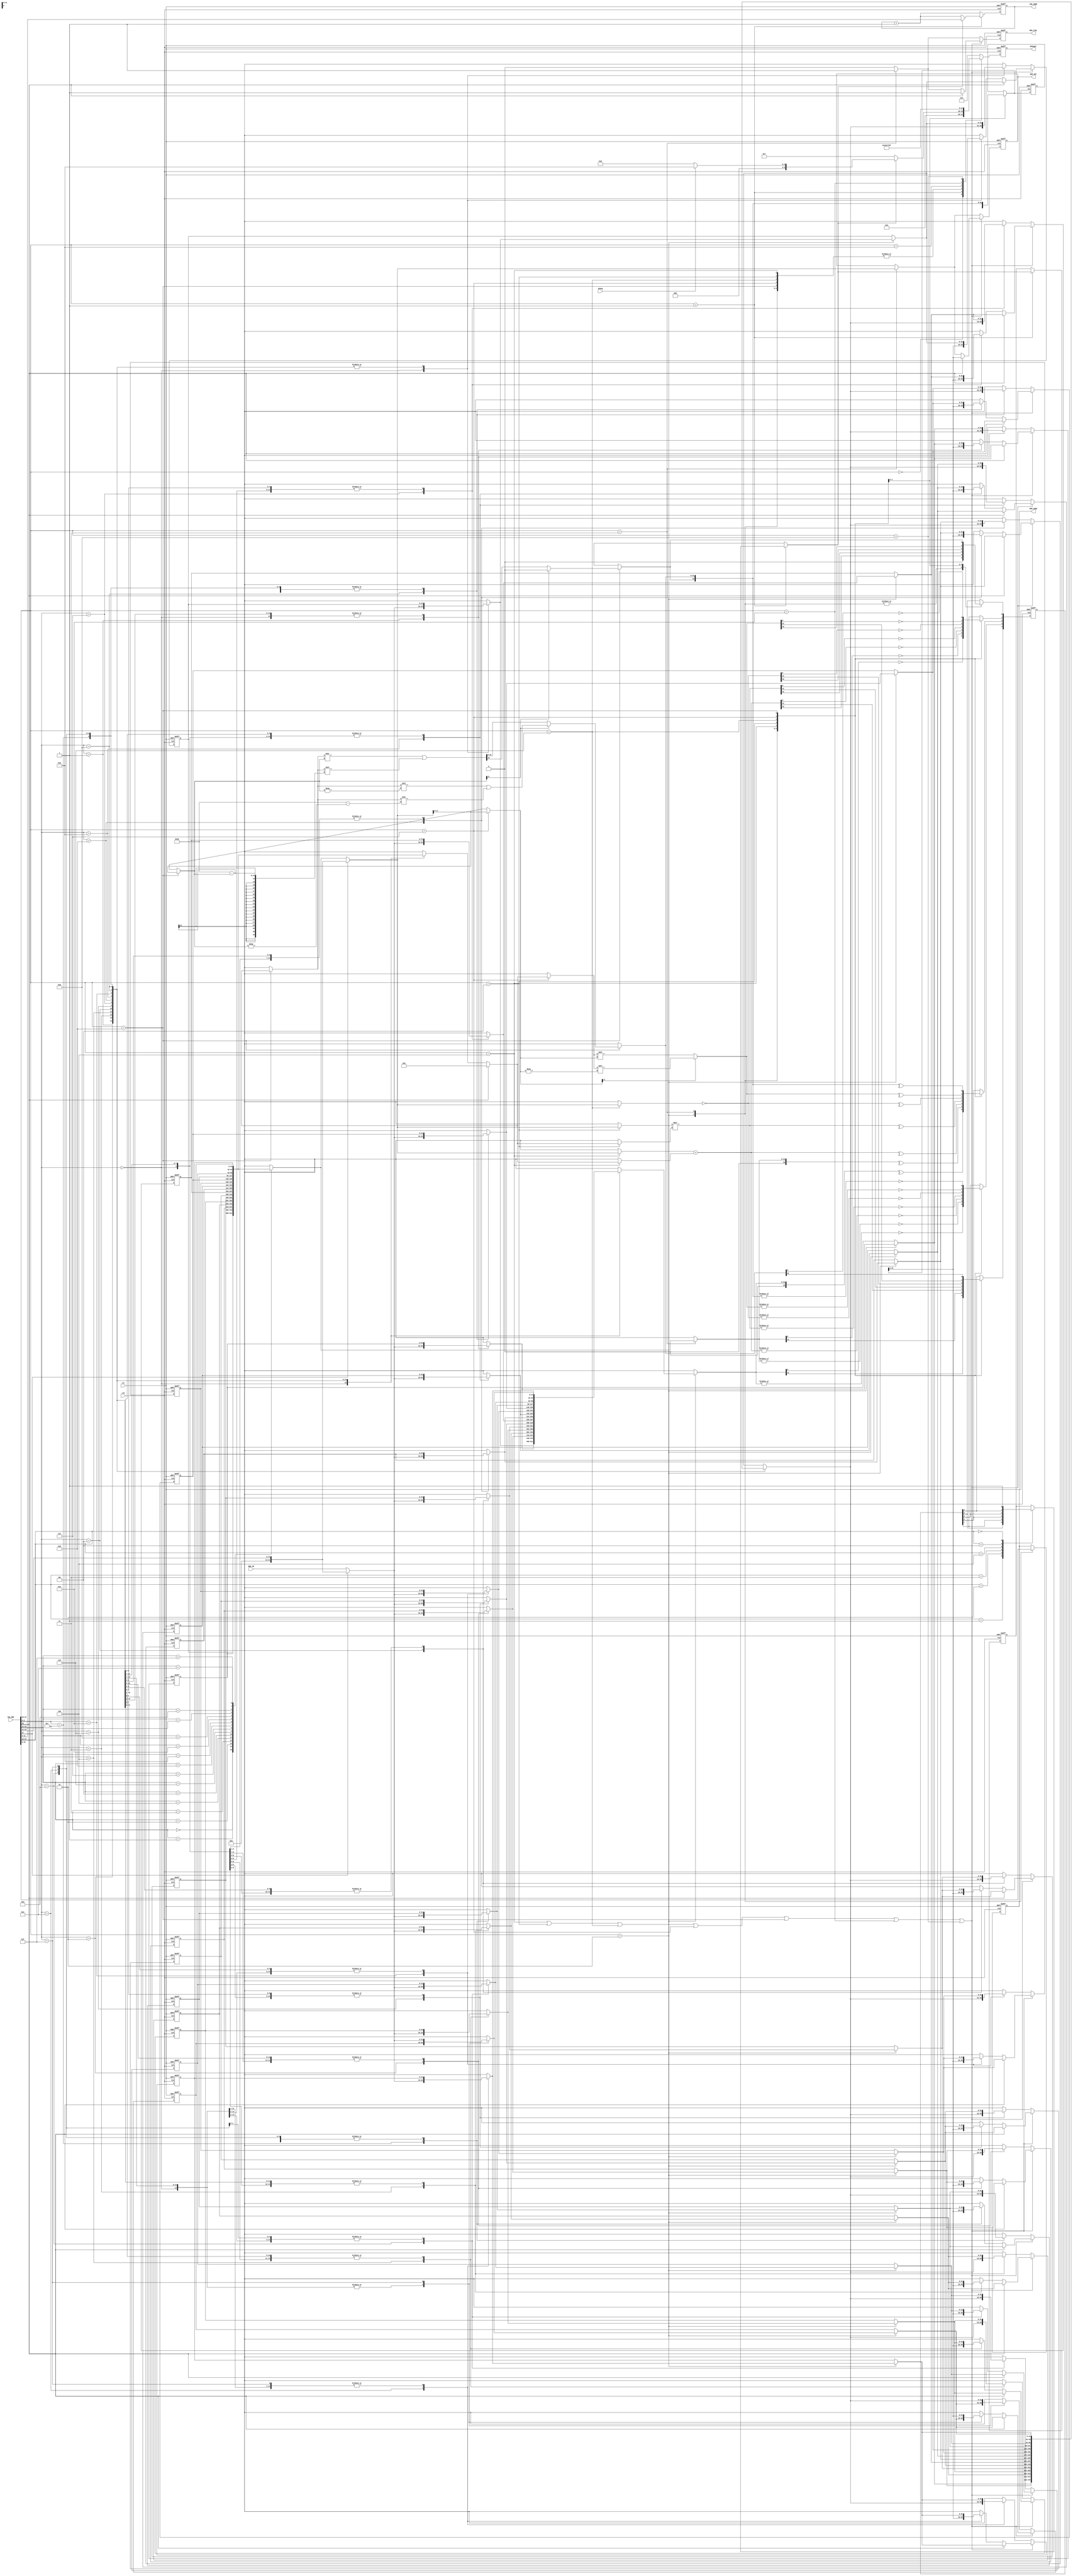
module instruction_set_model(
    //MEMORY
    input clk,
    input rst,
    input debug,
    output [6:0] debuger,/*2^7=128*/
    output [11:0] MEM_ADDR,/*ADDRSIZE-1:0*/
    input [0:31] MEM_IN,/*0:WIDTH-1*/
    output [0:31] MEM_OUT,/*0:WIDTH-1*/
    output MEM_CTRL,//0:read | 1:write
    output [11:0] INS_ADDR,
    input [0:31] INS_MEM//always in read mode

    //-------------------
    //output [32:0] reg_debug_out
    //-------------------
);
//parameter CYCLE = 10;//cycle time
parameter WIDTH = 32;//width of data path
parameter ADDRSIZE = 12;//size of address field
//parameter MEMSIZE = (1<<ADDRSIZE/*4096*/);//size of memory (2^ADDRSIZE)=2^12
parameter MAXREGS = 16;//max # of reg.
parameter SBITS = 5;//status reg. bits
//cpu reg.
reg [WIDTH-1:0/*32*/] RFILE[0:MAXREGS-1/*16*/],//Register File
                      ir,//Instruction Register
                      src1, src2 ;//Alu operation registers
reg [WIDTH:0/*33*/] result ;//ALU result register
reg [SBITS-1:0/*5*/] psr;//Processor Status Register
reg [ADDRSIZE-1:0/*12*/] pc ;//Program counter
//reg. for output
reg [ADDRSIZE-1:0] MEM_D ;
//reg [ADDRSIZE-1:0] INS_D ;//<X>
reg [0:WIDTH-1] MEM_O ;
reg MEM_C;
assign MEM_ADDR = MEM_D;
assign INS_ADDR = /*<X>*//*INS_D*/pc;
assign MEM_OUT = MEM_O;
assign MEM_CTRL = MEM_C;
/*debug*/
reg [6:0] debug_r;
assign debuger = debug_r; 
//temp. reg.
reg temp_checkcond;
//define
`define TRUE 1
`define FALSE 0 
/*============================================================
Instruction Format
31      28 27    24 23         12 11            0
+-----------------------------------------------+
| 4bits   |  4bits |   12bits    |    12bits    |
+-----------------------------------------------+
IR[31:28]:OPcode (max # of instructions = 2^4 = 16)
IR[27:24]: condition code  !or!
{
IR[27]:	 source type 0=reg (mem), 1=imm
IR[26]:	 destination type 0=reg (mem), 1=imm (Not valid)
}
IR[23:12]:  source address or	shift/rotate count
IR[11:0] : destination address
============================================================*/
`define OPCODE ir[31:28]
`define SRC ir[23:12]// source addr.
`define DST ir[11:0]// destination addr.
`define SRCTYPE ir[27] // source type, 0=reg, 1=imm
`define DSTTYPE ir[26] // destination type, 0=reg, 1=imm
`define CCODE ir[27:24]
`define SRCNT ir[23:12] // Shift/Rotate count -= left, +=right
// Operand Types
`define REGTYPE 0
`define IMMTYPE 1
// Define opcodes for each instruction
`define NOP 4'b0000 //0
`define BRA 4'b0001 //1
`define LD  4'b0010 //2
`define STR 4'b0011 //3
`define ADD 4'b0100 //4
`define MUL 4'b0101 //5
`define CMP 4'b0110 //6
`define SHF 4'b0111 //7
`define ROT 4'b1000 //8
`define HLT 4'b1001 //9
`define DIV 4'b1010 //10 Division
`define RMD 4'b1011 //11 Remainder
// Define Condition Code fields
`define CARRY psr[0]
`define EVEN psr[1] // if x is even, x%2 (in C language) = 0
`define PARITY psr[2] // the fact of being even or odd. <!>
`define ZERO psr[3]
`define NEG psr[4] //Negative 
// Define Condition Codes <!>
`define CCC 1 // Result has carry
`define CCE 2 // Result is even
`define CCP 3 // Result is odd parity
`define CCZ 4 // Result is Zero
`define CCN 5 // Result is Negative
`define CCA 0 // Always
//L/R
`define RIGHT  0 // Rotate/Shift Right
`define LEFT   1 // Rotate/Shift Left
//Unsynthesizable//<?>
//integer
integer i;

//--------------------------------------------
//reg [32:0] reg_debug_o;
//assign reg_debug_out = reg_debug_o;
//--------------------------------------------

//function
function [6:0] setcondcode;//Compute the condition codes and set PSR
    input [WIDTH:0] res;//33 bit result register
    begin
        `CARRY = res[WIDTH];
        `EVEN = ~res[0];
        `PARITY = ^res;
        `ZERO = ~(|res);
        `NEG = res [WIDTH-1];
        setcondcode = 8;//debug<!>
    end
endfunction//setcondcode

function [WIDTH-1:0] getsrc;
    input [WIDTH-1:0] in;
    begin
        if(`SRCTYPE == `REGTYPE) getsrc = RFILE[`SRC];//reg
        else getsrc = `SRC;//imm. type
    end
endfunction//getsrc

function [WIDTH-1:0] getdst;
    input [WIDTH-1:0] in;
    begin
        if(`DSTTYPE == `REGTYPE) begin
            getdst = RFILE[`DST];//reg
        end else begin
            //ERROR imm. type
            debug_r = 10;
            getdst = 0;
        end
    end
    
endfunction//getdst

//negedge -> do fetch
/*always @(negedge clk)
begin
	ir = INS_MEM;
end*/

always @(posedge clk or posedge rst)
begin//always @(posedge clk or posedge rst)
    if (rst) begin
        debug_r = 2;
        //initialization
        for (i = 0; i<MAXREGS; i=i+1/*0~16*/) begin
            RFILE[i] = 0;
        end
        ir = 0;
        src1 = 0;
        src2 = 0;
        result = 0;
        psr = 0;
        pc = 0;
        MEM_D = 0;
        //INS_D = 0;//<X>
        MEM_O = 0;
        temp_checkcond = 0;
        MEM_C = 0;
        //-------------------
        //reg_debug_o = 0;
        //-------------------
 
    end else begin
        //make mem. unreadable
        MEM_C = 0;
        //fetch
        ir = INS_MEM;
        //INS_D = pc+1;//<X>
        pc = pc+1;
        //execute
        case (`OPCODE/*ir...*/)
            /*0*/`NOP: begin
                debug_r = 3;
            end
            /*1*/`BRA: begin
                //function checkcond; //Returns 1 if condition code is set .
                //input [4:0] ccode;
                case (`CCODE)
                /*================Grammar description================
                CCODE is "part of OPCODE" (4 bits)
                it has 5 different state (Just like the abbreviation written below)
                eg.: CCC | CCE | CCP ...etc
                for every case/state of CCODE been asked for,
                we want to go and find the corresponding state memory,
                and see if this state is set (is true),
                this led to the appearance of the "equal to one" judgment.
                ======END=======Grammar description========END=====*/
                    `CCC: temp_checkcond = `CARRY;
                    `CCE: temp_checkcond = `EVEN;
                    `CCP: temp_checkcond = `PARITY;
                    `CCZ: temp_checkcond = `ZERO;
                    `CCN: temp_checkcond = `NEG;
                    `CCA: temp_checkcond = 1;//always
                    default: debug_r = 6 ;
                endcase
                if (temp_checkcond) begin
                    if (debug) begin
                        debug_r=9;
                    end else begin
                        debug_r=0;
                    end
                    pc = `DST;
                end else begin
                    debug_r = 7 ;
                end
            end
            /*2*/`LD: begin
                psr = 0;//clearcondcode
                MEM_D = `SRC;
                RFILE[`DST] = (`SRCTYPE)?`SRC/*SRCTYPE=1 :imm*/:MEM_IN;
                debug_r = setcondcode({1'b0,RFILE[`DST]}/*33bits*/);
            end
            /*3*/`STR: begin
                psr = 0;//clearcondcode
                MEM_C = 1;//let MEM do "write"
                MEM_D = `DST;
                MEM_O = (`SRCTYPE)?`SRC/*SRCTYPE=1 :imm*/:RFILE[`SRC];
                debug_r = (`SRCTYPE)?setcondcode({21'b0, `SRC/*12bit, imm*/}):setcondcode({1'b0, RFILE[`SRC]});
            end
            /*4*/`ADD: begin
                //debug_r =104;
                psr = 0;//clearcondcode
                src1 = getsrc(ir);
                src2 = getdst(ir);
                result = src1+src2;
                debug_r = setcondcode(result);
            end
            /*5*/`MUL: begin
                //debug_r =105;
                psr = 0;//clearcondcode
                src1 = getsrc(ir);
                src2 = getdst(ir);
                result = src1*src2;
                debug_r = setcondcode(result);
            end
            /*6*/`CMP: begin
                //debug_r =106;
                psr = 0;//clearcondcode
                src1 = getsrc(ir);
                result = ~src1;
                debug_r = setcondcode(result);
            end
            /*7*/`SHF: begin
                //debug_r =107;
                psr = 0;//clearcondcode
                src1 = getsrc(ir);
                src2 = getdst(ir);
                result = (~src1[ADDRSIZE-1])?(src2>>src1[ADDRSIZE-1:0]):(src2<<(-src1[ADDRSIZE-1:0]));
                debug_r = setcondcode(result);
                /*The input terminal (source) of the rotation / offset command can be 
                a "register" or "direct number". 
                However, if the "direct number" is the source,
                 the maximum expressible size is 
                 "the size of ADDR (12)" 
                 So use the sign of the last 12 yards of the 
                 judgment source to decide whether to turn left or right*/
            end
            /*8*/`ROT: begin
                //debug_r =108;
                psr = 0;//clearcondcode
                src1 = getsrc(ir);
                src2 = getdst(ir);
                if (~src1[ADDRSIZE-1]/*right*/) begin
                    result = ( src2 >> src1[ADDRSIZE-1:0] ) | ( src2 << ( WIDTH -src1[ADDRSIZE-1:0] ) );
                end else begin/*left*/
                    result[32]=0;
                    result[31:0] = ( src2 << ( -src1[ADDRSIZE-1:0] ) ) | ( src2 >> ( WIDTH -( -src1[ADDRSIZE-1:0] ) ) );
                end
                debug_r = setcondcode(result);
            end
            /*9*/`HLT: begin
                debug_r = 5;
            end
            /*10*/`DIV: begin
                debug_r =110;
            end
            /*11*/`RMD: begin
                debug_r =111;
            end
            default: begin
                debug_r = 4;
            end
        endcase
        //write_result
        /*you can't put debug_r here //debug_r = 11;*/
        if (
            (`OPCODE == `ADD) ||//4
            (`OPCODE == `MUL) ||//5
            (`OPCODE == `CMP) ||//6
            (`OPCODE == `SHF) ||//7
            (`OPCODE == `ROT) ||//8
            (`OPCODE == `DIV) ||//10 Division
            (`OPCODE == `RMD)//11 Remainder
        ) begin
            if (`DSTTYPE == `REGTYPE) begin
                RFILE[`DST] = result;
            end else begin
                MEM_C = 1;
                MEM_O = result[WIDTH-1:0];
            end
        end else begin
            /*<!I'm not sure if this thing is right>*/
            RFILE[`DST] = RFILE[`DST];
            MEM_C = MEM_C;
            MEM_O = MEM_O;
            //debug_r = 11;//don't need do anything write_result
        end
    end
end//always @(posedge clk or posedge rst)

endmodule // instruction_set_model
/*
debug_r code 
0:undefine
2:[run rst.]
3:[exe. NOP]
4:[can't find ins.]go into default @ case(OPCODE)
5:[ext. HLT]need do:$display("Halt");$stop;
6:go in default @ [case (`CCODE)]
7:[sataus reg. Status is different from demand] @ BRA
8:[do SETCONDCODE]
9:branch, true, do change pc
10:$display("Error:Immediate data cant be destination.");
//11:[don't need do anything] @ write_result
//104:opcode case = 4
//105:opcode case = 5
//106:opcode case = 6
//107:opcode case = 7
//108:opcode case = 8
110:opcode case = 10
111:opcode case = 11
*/